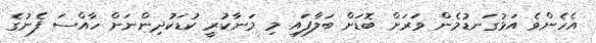
އެހެންވެ އަޅުގަނޑުމެން ވަރަށް ބޮޑަށް ބަލާފައި މި މަނާކުރީ ކުޑަކުދިންނަށް ހާއްސަ ފެނުގެ